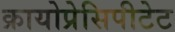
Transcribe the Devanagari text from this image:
क्रायोप्रेसिपीटेट